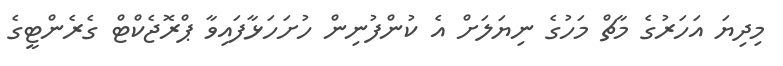
މިދިޔަ އަހަރުގެ މާޗް މަހުގެ ނިޔަލަށް އެ ކުންފުނިން ހުށަހަޅާފައިވާ ޕްރޮޖެކްޓް ގެރެންޓީގެ